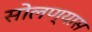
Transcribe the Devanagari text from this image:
सोलण्यास